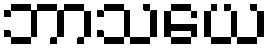
ဘာသယေ